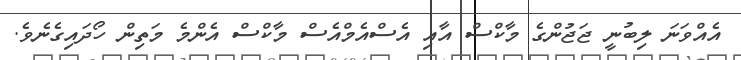
އެއްވަނަ ލިބުނީ ޖަޖުންގެ މާކްސް އާއި އެސްއެމްއެސް މާކްސް އެންމެ މަތިން ހޯދައިގެނެވެ.